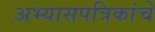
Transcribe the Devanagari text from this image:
अभ्यासपत्रिकांचे